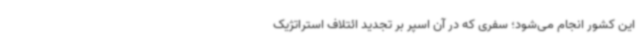
این کشور انجام می‌شود؛ سفری که در آن اسپر بر تجدید ائتلاف استراتژیک